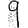
Digit: 9